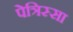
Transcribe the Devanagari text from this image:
पेत्रिस्सा